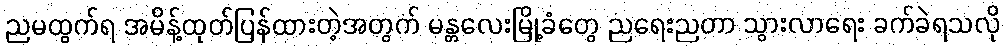
ညမထွက်ရ အမိန့်ထုတ်ပြန်ထားတဲ့အတွက် မန္တလေးမြို့ခံတွေ ညရေးညတာ သွားလာရေး ခက်ခဲရသလို